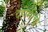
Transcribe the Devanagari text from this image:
दहोमीचे